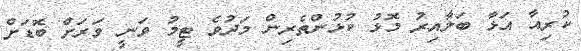
ކުރިއާ އަޅާ ބަލާއިރު މޮޅު ކުޅުންތެރިން މަދުވެ ޓީމު ވަނީ ވަރަށް ބޮޑަށް